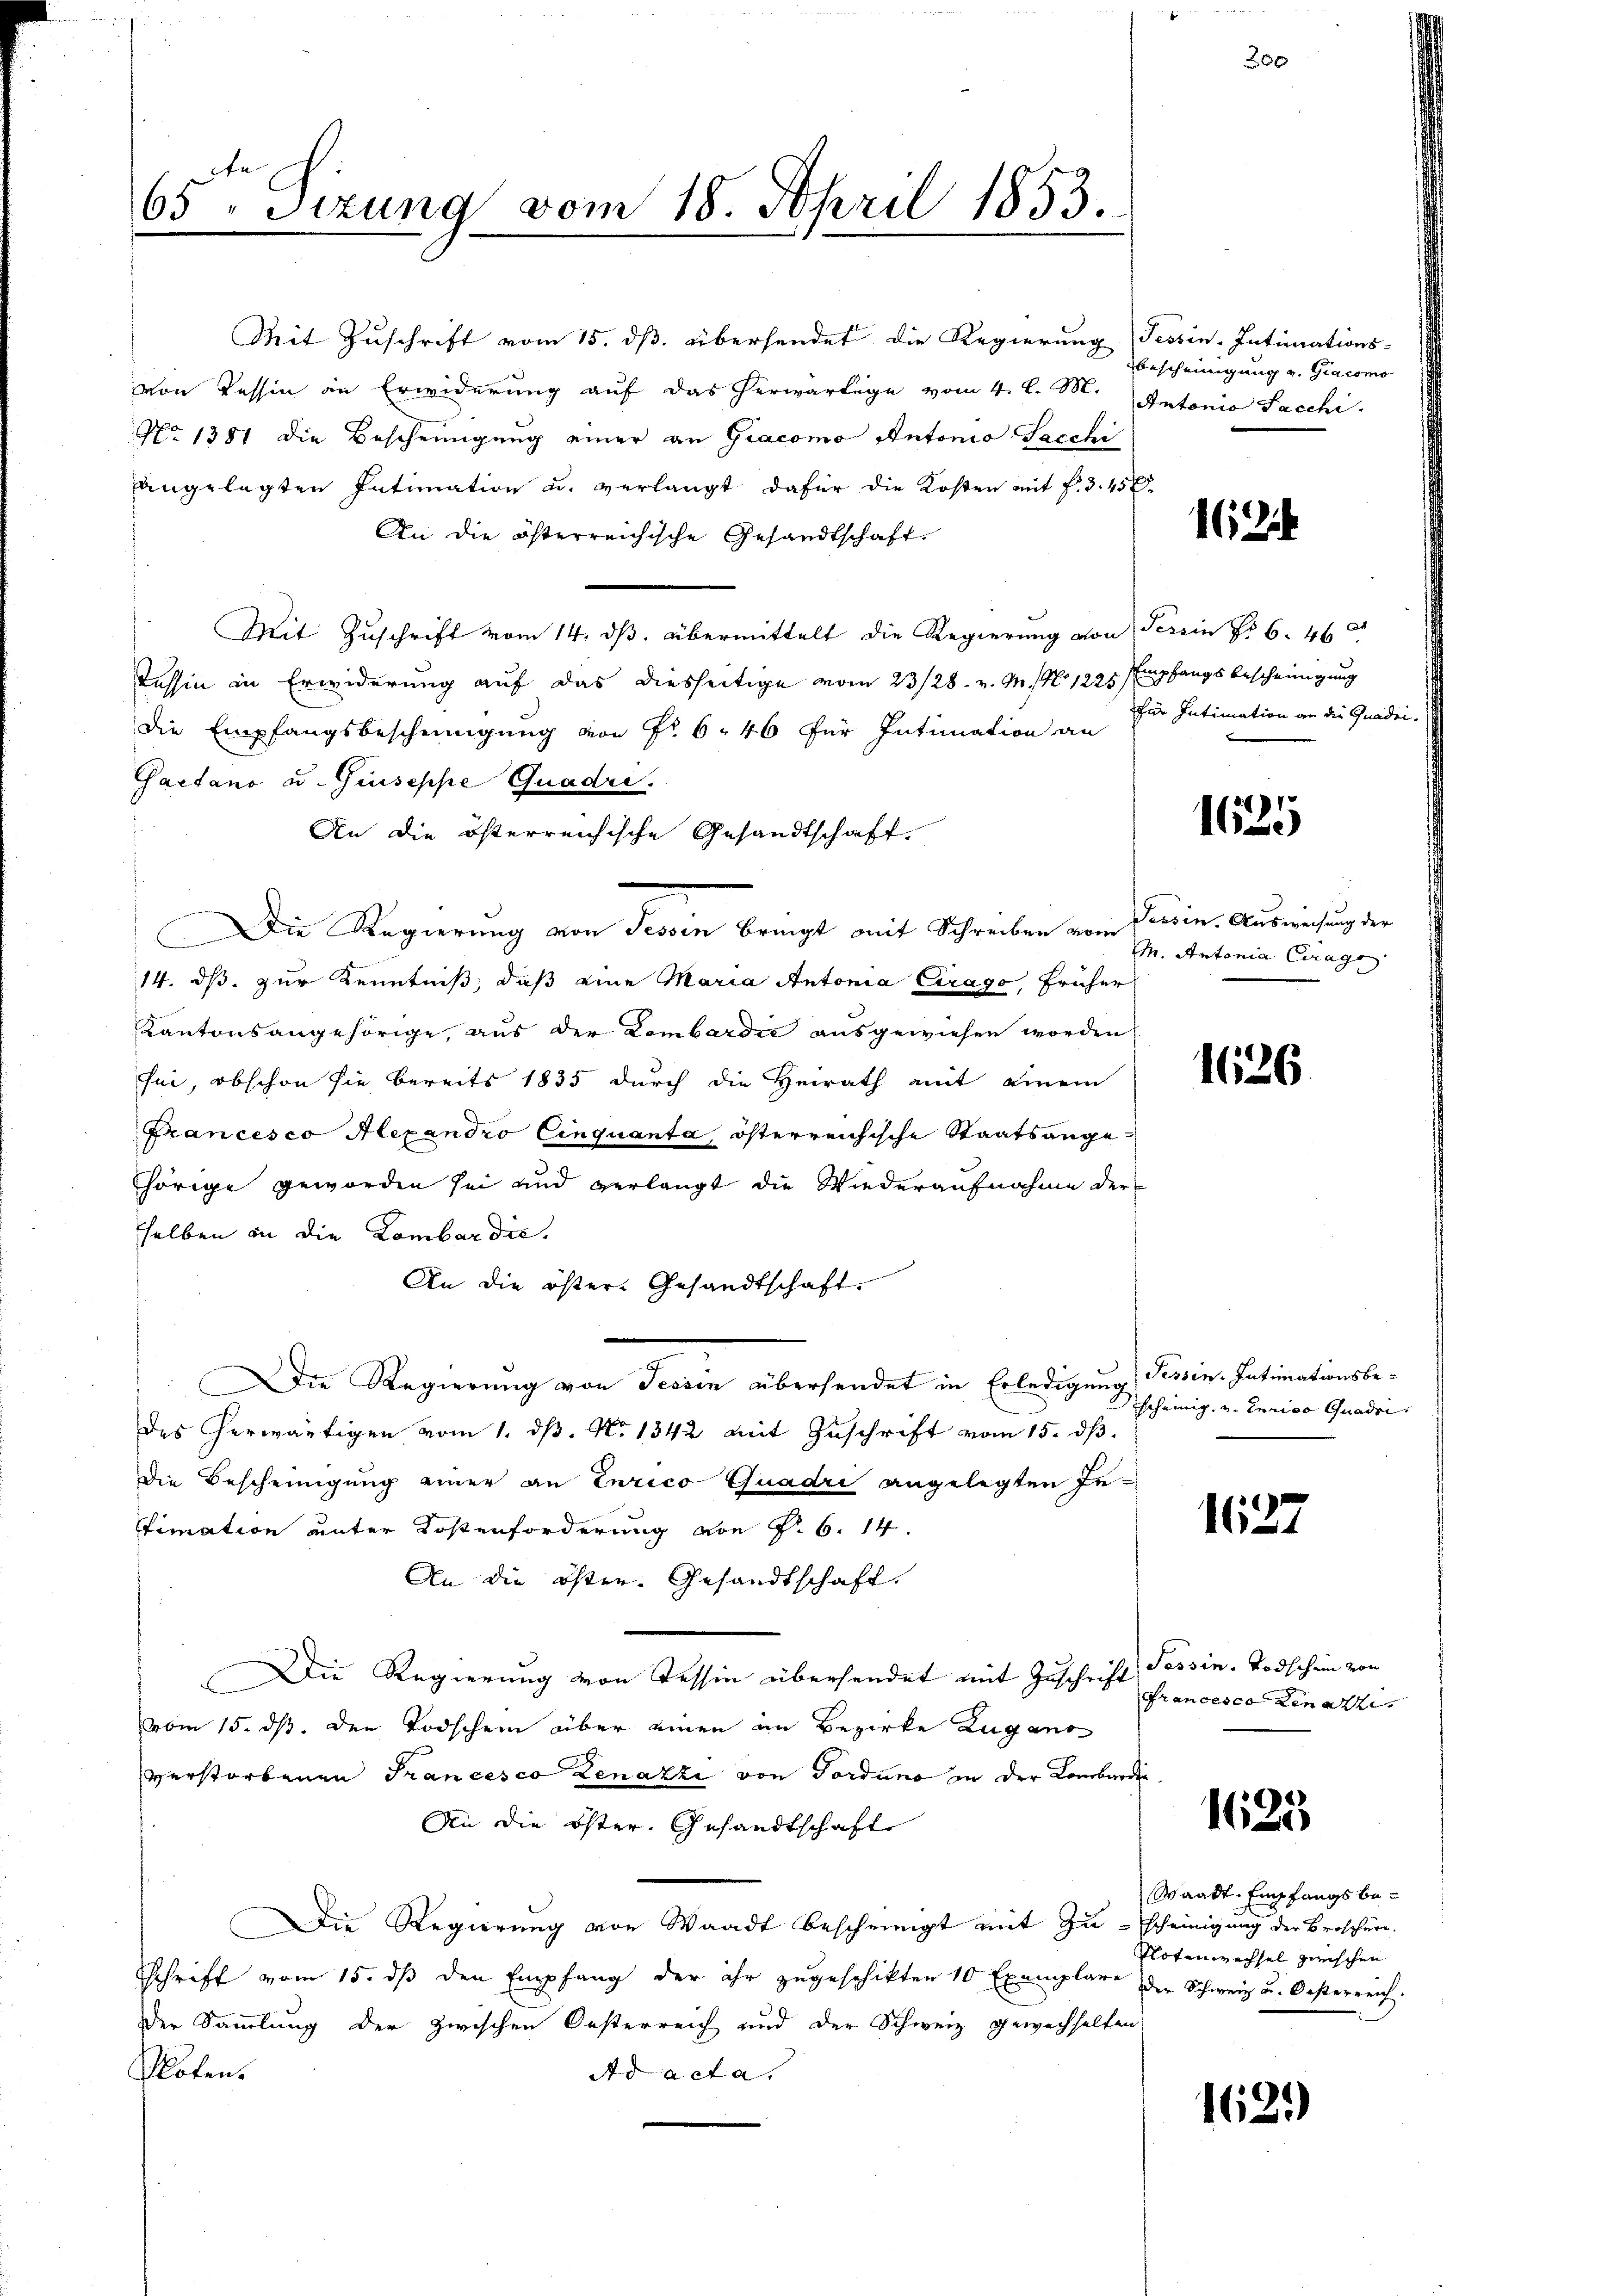
65te Sizung vom 18. April 1853.

Mit Zuschrift vom 15. dß. übersendet die Regierung Tessin-Intimations-
von Tessin an Erwiderung auf das herwärtige vom 4. l. M.
No 1381 die Bescheinigung einer an Giacomo Antonio Sacchi
angelegten Intimation u. verlangt dafür die Kosten mit f. 3. 458
An die österreichische Gesandtschaft
Mit Zuschrift vom 14. ds. übermittelt die Regierung von Tessin Nr. 6. 46
Tessin in Erwiderung auf das diesseitige vom 23/28. v. M. N. 1225 Empfangsbescheinigung
die Empfangsbescheinigung von Fr. 6. 46 für Intimation an
Gaetano u. Guseppe Quadri.
An die österreichische Gesandtschaft.
Die Regierung von Tessin bringt mit Schreiben vom Verdin. Ausweisung der
14. ds. zur Kenntniß, daß eine Maria Antonia Cirago, früher
Kantonsangehörige, aus der Lombardić ausgewiesen worden
sei, obschon sie bereits 1835 durch die Heirath mit einem
Francesco Alexandro Einquanta, österreichische Staatsangehörige geworden sei und verlangt die Wiederaufnahme der
sselben in die Lombardić.
An die öster. Gesandtschaft.
Die Regierung von Tessin übersendet in Erledigung Tessin. Intimationsbedes herwärtigen vom 1. dβ. No 1342 mit Zŭschrift vom 15. dβ.
Die Bescheinigung einer an Turico Quadri angelegten In¬
Fimation unter Kostenforderung von P. 6. 14.
An die öster- Gesandtschaft.
Die Regierung von Tessin übersendet mit Zuschrift Tessin. Todschein von
vom 15. ds. den Todschein über einen an Bezirke Zugano
verstorbenen Trancesco Zenazzi von Torduno in der Lombardie
An die öster Gesandtschafte
Die Regierung von Waadt beschringt mit Zuscheinigung der Broschüre.
Schrift vom 15. dβ den Empfang der ihr zŭgeschikten 10 Exemplare der Schweiz u. Oesterreich.
der Sammlung der zwischen Oesterreich und der Schweiz gewechhalten
Noten.
Ad acta.

bescheinigung v. Giacomo
Antonio Sacchi

x

162

für Intimation an die Gnade

1625

M. Antonia Curage

1626.

scheinig, u. Lenico Gnaden,

1627

Francesco den akti

1625

Waadt, Empfangsbe¬
Nlotenwechsel zwischen

162.)